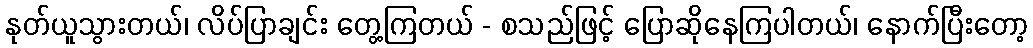
နုတ်ယူသွားတယ်၊ လိပ်ပြာချင်း တွေ့ကြတယ် - စသည်ဖြင့် ပြောဆိုနေကြပါတယ်၊ နောက်ပြီးတော့